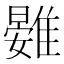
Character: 䨃